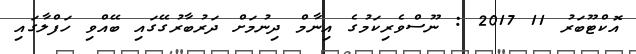
އޮކްޓޫބަރު 11 2017 : ނޫސްވެރިކަމުގެ އިނާމް ދިނުމަށް ދަރުބާރުގޭގައި ބޭއްވި ހަފްލާގައި